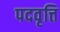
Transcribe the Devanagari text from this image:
पदवृत्ति